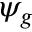
\psi _ { g }